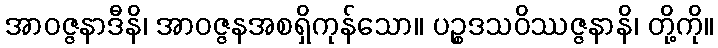
အာဝဇ္ဇနာဒီနိ၊ အာဝဇ္ဇနအစရှိကုန်သော။ ပဉ္စဒသဝိဿဇ္ဇနာနိ၊ တို့ကို။